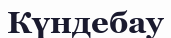
Күндебау